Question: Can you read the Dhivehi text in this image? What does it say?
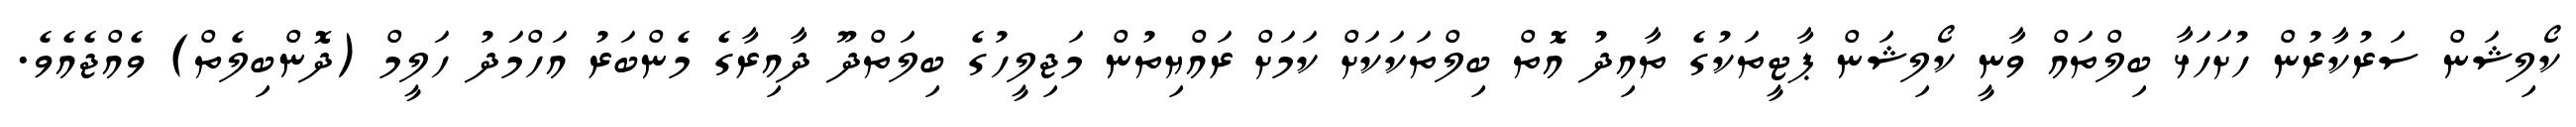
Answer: ކޯލިޝަން ސަރުކާރުން ހުށަހަޅާ ބިލްތައް ވާނީ ކޯލިޝަން ޕާޓީތަކުގެ ތާއިދު އޮތް ބިލްތަކަކަށް ކަމަށް ރައްޔިތުން މަޖިލީހުގެ ބިލަތްދޫ ދާއިރާގެ މެންބަރު އަހްމަދު ހަލީމް (ދޮންބިލެތް) ވެއްޖެއެވެ.